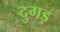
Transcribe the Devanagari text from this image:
दुगड़